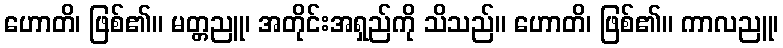
ဟောတိ၊ ဖြစ်၏။ မတ္တညူ၊ အတိုင်းအရှည်ကို သိသည်။ ဟောတိ၊ ဖြစ်၏။ ကာလညူ၊